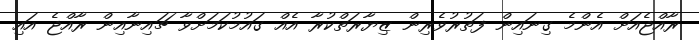
ރާއްޖެއަށް އެންމެ ގިނައިން ފަތުރުވެރިން ޒިޔާރަތްކުރާ އެއް ގައުމުކަމަށްވާ ޗައިނާއިން ރާއްޖެ އައި